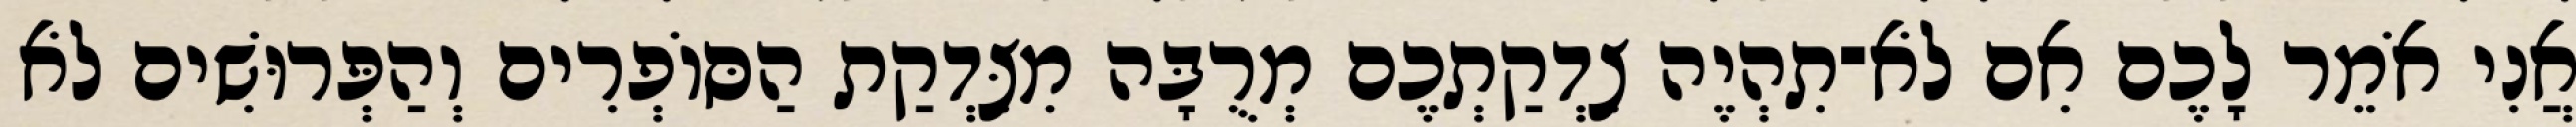
אֲנִי אֹמֵר לָכֶם אִם לֹא־תִהְיֶה צִדְקַתְכֶם מְרֻבָּה מִצִּדְקַת הַסּוֹפְרִים וְהַפְּרוּשִׁים לֹא